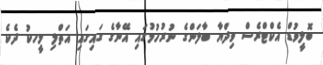
ބޮލީވުޑް އެކްޓްރެސް ވިދްޔާ ބާލަންގެ ނުރުހުމުގައި އޭނާގެ ގައިގައި އަތްލި މީހކު ދެކެ